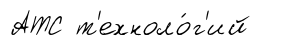
АТС т'ехноло́г'ий